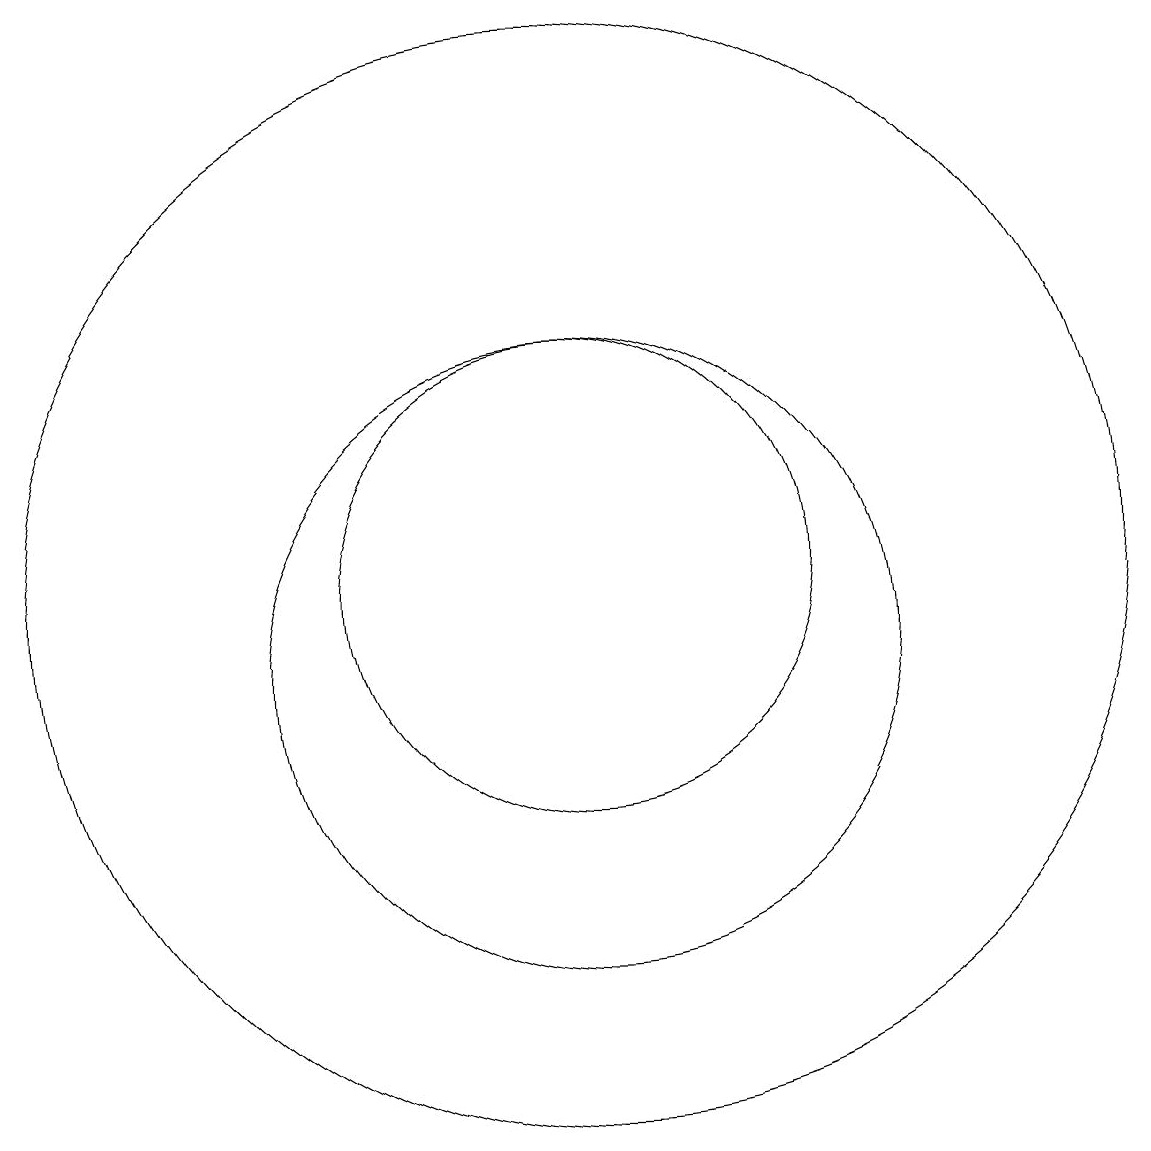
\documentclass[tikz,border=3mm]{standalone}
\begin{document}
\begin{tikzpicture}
\draw (11,11) circle (3);
\draw (11,10) circle (4);
\draw (11,11) circle (7);
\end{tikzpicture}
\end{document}